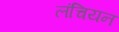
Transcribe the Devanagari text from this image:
लंचियन